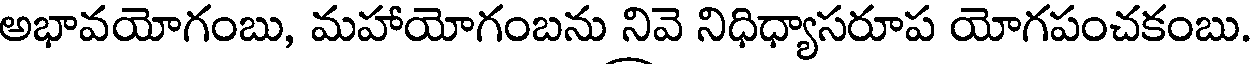
అభావయోగంబు, మహాయోగంబను నివె నిధిధ్యాసరూప యోగపంచకంబు.